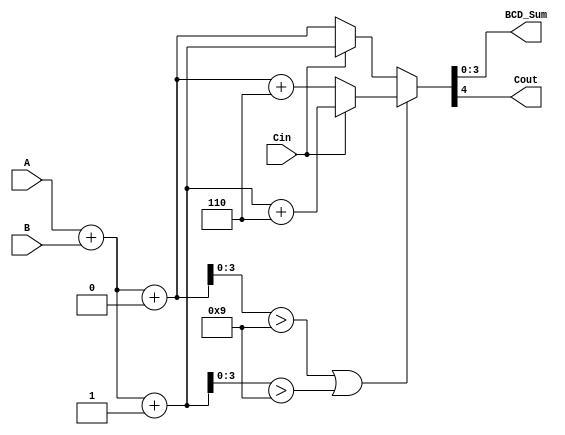
module BCD_Carry_Select_Adder (
    input [3:0] A,        // BCD digit A
    input [3:0] B,        // BCD digit B
    input Cin,            // Input carry
    output reg [3:0] BCD_Sum, // BCD sum output
    output reg Cout       // Carry output
);

    wire [4:0] sum0;     // Sum when Cin = 0
    wire [4:0] sum1;     // Sum when Cin = 1
    wire [4:0] corrected_sum; // Corrected sum after BCD adjustment
    wire is_invalid;      // Flag for invalid BCD sum

    // Initial binary addition for both cases
    assign sum0 = A + B + 1'b0; // Sum when Cin = 0
    assign sum1 = A + B + 1'b1; // Sum when Cin = 1

    // Check if the sum exceeds BCD limit (greater than 9)
    assign is_invalid = (sum0[3:0] > 4'b1001) || (sum1[3:0] > 4'b1001);

    // BCD correction logic
    assign corrected_sum = is_invalid ? (Cin ? sum1 + 5'b00110 : sum0 + 5'b00110) : (Cin ? sum1 : sum0);

    // Select the final BCD sum and carry output
    always @(*) begin
        if (Cin) begin
            BCD_Sum = corrected_sum[3:0];
            Cout = corrected_sum[4]; // Carry out from the corrected sum
        end else begin
            BCD_Sum = corrected_sum[3:0];
            Cout = corrected_sum[4]; // Carry out from the corrected sum
        end
    end

endmodule